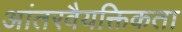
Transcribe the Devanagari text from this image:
आंतरवैयक्तिकता